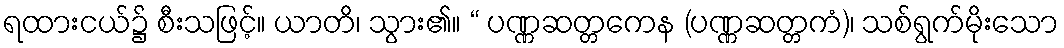
ရထားငယ်၌ စီးသဖြင့်။ ယာတိ၊ သွား၏။ “ ပဏ္ဏဆတ္တကေန (ပဏ္ဏဆတ္တကံ)၊ သစ်ရွက်မိုးသော